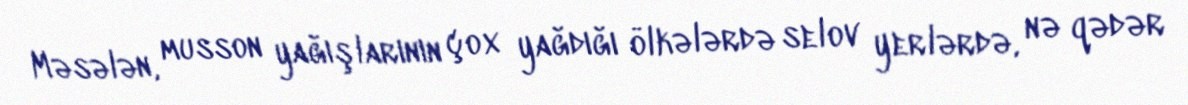
Məsələn, musson yağışlarının çox yağdığı ölkələrdə selov yerlərdə, nə qədər